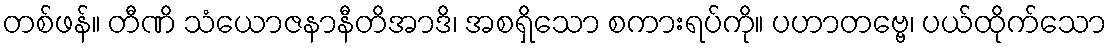
တစ်ဖန်။ တီဏိ သံယောဇနာနီတိအာဒိ၊ အစရှိသော စကားရပ်ကို။ ပဟာတဗ္ဗေ၊ ပယ်ထိုက်သော